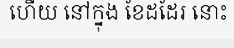
ហើយ នៅក្នុង ខែដដែរ នោះ